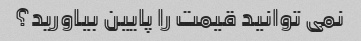
نمی توانید قیمت را پایین بیاورید؟